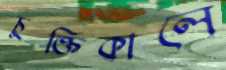
চুক্তিকালে